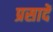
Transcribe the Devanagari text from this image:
प्रसादें